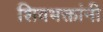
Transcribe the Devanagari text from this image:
शिवभक्तांनी